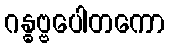
ဂန္ဓဗ္ဗပေါတကော